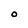
Character: O